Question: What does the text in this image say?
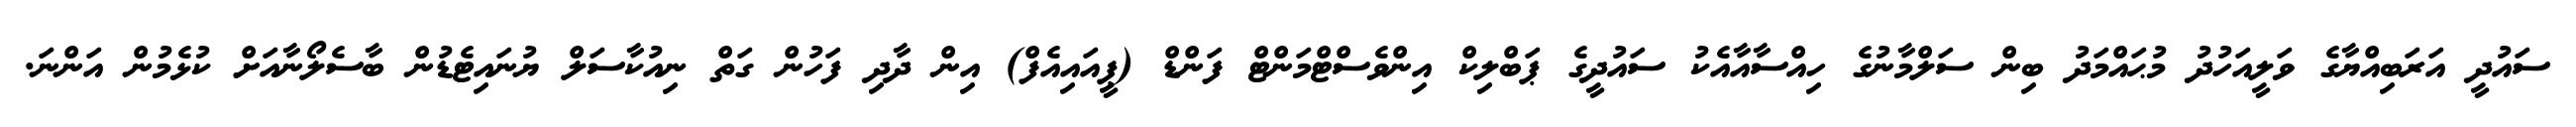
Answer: ސައުދީ އަރަބިއްޔާގެ ވަލީއަހުދު މުޙައްމަދު ބިން ސަލްމާނުގެ ހިއްސާއާއެކު ސައުދީގެ ޕަބްލިކް އިންވެސްޓްމަންޓް ފަންޑް (ޕީއައިއެފް) އިން ދާދި ފަހުން ގަތް ނިއުކާސަލް ޔުނައިޓެޑުން ބާސެލޯނާއަށް ކުޅެމުން އަންނަ.